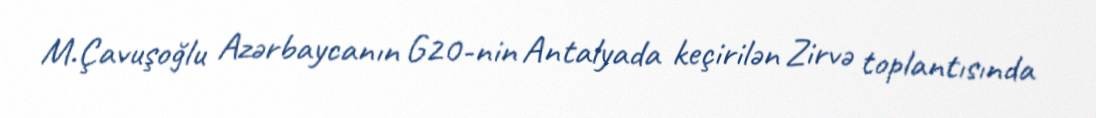
M.Çavuşoğlu Azərbaycanın G20-nin Antalyada keçirilən Zirvə toplantısında